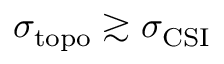
\sigma _ { \mathrm { t o p o } } \gtrsim \sigma _ { \mathrm { C S I } }